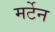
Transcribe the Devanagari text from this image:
मर्टेन